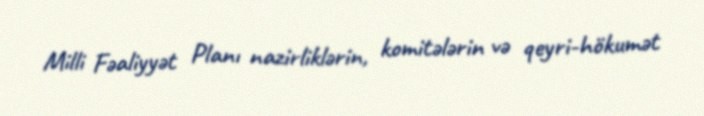
Milli Fəaliyyət Planı nazirliklərin, komitələrin və qeyri-hökumət